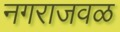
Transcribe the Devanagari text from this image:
नगराजवळ